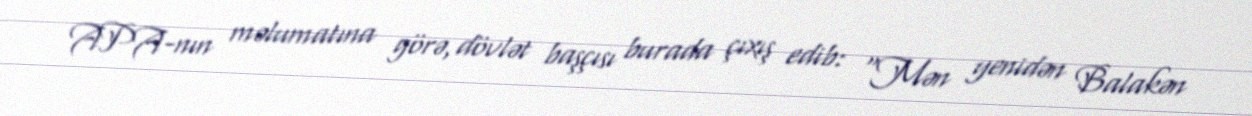
APA-nın məlumatına görə, dövlət başçısı burada çıxış edib: “Mən yenidən Balakən